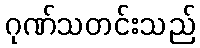
ဂုဏ်သတင်းသည်